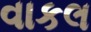
વાકલ